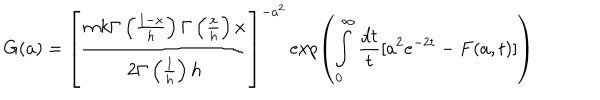
G ( a ) = \left[ \frac { m k \Gamma \left( \frac { 1 - x } { h } \right) \Gamma \left( \frac { x } { h } \right) x } { 2 \Gamma \left( \frac { 1 } { h } \right) h } \right] ^ { - a ^ { 2 } } \exp \left( \int _ { 0 } ^ { \infty } \frac { d t } { t } [ a ^ { 2 } e ^ { - 2 t } - F ( a , t ) ] \right)